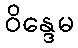
ဝိန္ဒေမ